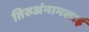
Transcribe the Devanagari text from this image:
तिरुअंनामलाई